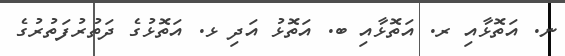
ނ. އަތޮޅާއި ރ. އަތޮޅާއި ބ. އަތޮޅު އަދި ޅ. އަތޮޅުގެ ދަތުރުފަތުރުގެ